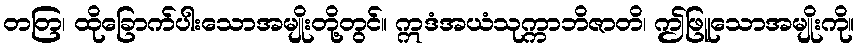
တတြ၊ ထိုခြောက်ပါးသောအမျိုးတို့တွင်။ ဣဒံအယံသုက္ကာဘိဇာတိ၊ ဤဖြူသောအမျိုးကို။